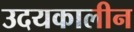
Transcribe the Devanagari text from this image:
उदयकालीन